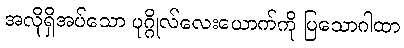
အလိုရှိအပ်သော ပုဂ္ဂိုလ်လေးယောက်ကို ပြသောဂါထာ